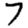
Digit: 7